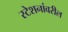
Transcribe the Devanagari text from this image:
स्टेशनांवरील